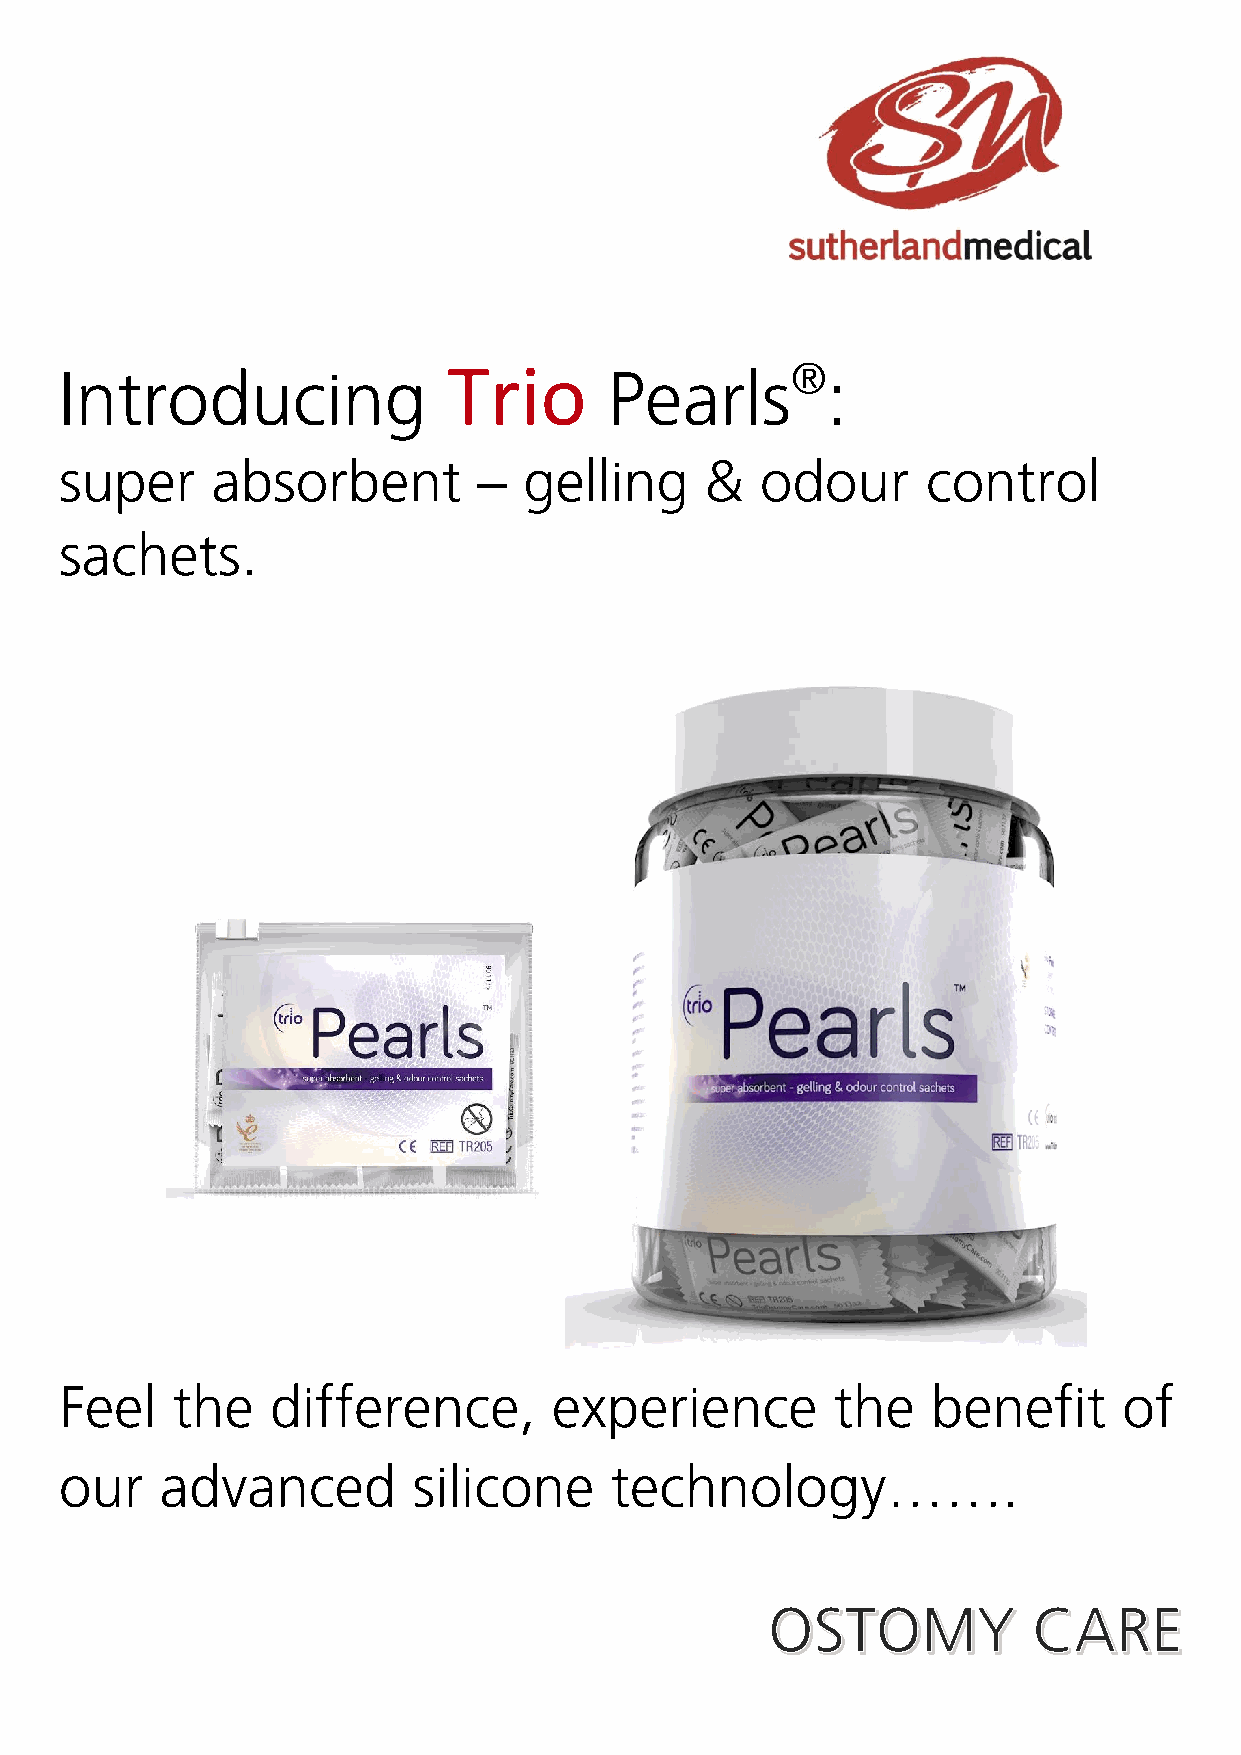
Trio                  ®
 Introducing                         Pearls         :
 super     absorbent         –  gelling     &  odour      control
 sachets.
 Feel   the    difference,        experience        the    benefit     of
 our    advanced        silicone     technology…….